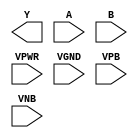
module sky130_fd_sc_hvl__nor2 (
    Y   ,
    A   ,
    B   ,
    VPWR,
    VGND,
    VPB ,
    VNB
);

    output Y   ;
    input  A   ;
    input  B   ;
    input  VPWR;
    input  VGND;
    input  VPB ;
    input  VNB ;
endmodule